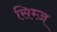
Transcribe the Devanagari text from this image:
सिम्ज़